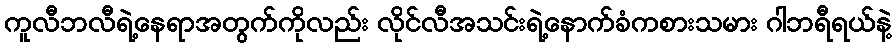
ကူလီဘလီရဲ့နေရာအတွက်ကိုလည်း လိုင်လီအသင်းရဲ့နောက်ခံကစားသမား ဂါဘရီရယ်နဲ့